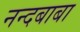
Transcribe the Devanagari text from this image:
नन्दबाबा